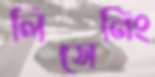
লিসেনিং